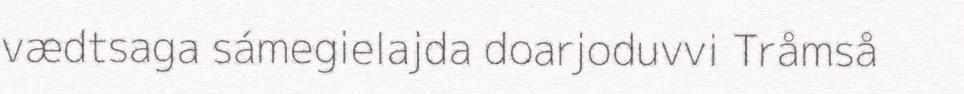
vædtsaga sámegielajda doarjoduvvi Tråmså